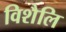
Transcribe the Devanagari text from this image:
विशैलि